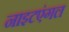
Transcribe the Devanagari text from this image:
नाइटएंगल